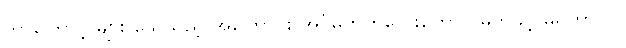
ဘာကြောင့် များ သေသည့် အကြောင်း အိပ်မက်ကလေးတောင် မက်ခွင့် မရှိတာလဲ။